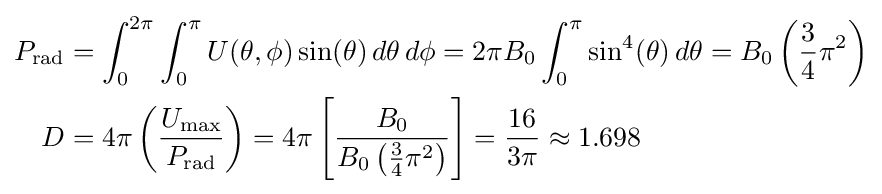
{\begin{aligned}P_{\text{rad}}&=\int _{0}^{2\pi }\int _{0}^{\pi }U(\theta ,\phi )\sin(\theta )\,d\theta \,d\phi =2\pi B_{0}\int _{0}^{\pi }\sin ^{4}(\theta )\,d\theta =B_{0}\left({\frac {3}{4}}\pi ^{2}\right)\\D&=4\pi \left({\frac {U_{\text{max}}}{P_{\text{rad}}}}\right)=4\pi \left[{\frac {B_{0}}{B_{0}\left({\frac {3}{4}}\pi ^{2}\right)}}\right]={\frac {16}{3\pi }}\approx 1.698\end{aligned}}